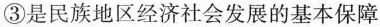
③ 是民族地区经济社会发展的基本保障